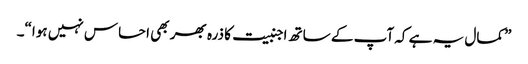
” کمال یہ ہے کہ آپ کے ساتھ اجنبیت کا ذرہ بھر بھی احساس نہیں ہوا“۔